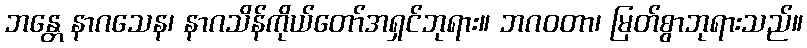
ဘန္တေ နာဂသေန၊ နာဂသိန်ကိုယ်တော်အရှင်ဘုရား။ ဘဂဝတာ၊ မြတ်စွာဘုရားသည်။